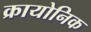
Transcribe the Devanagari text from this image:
क्रायोनिक